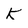
Character: K